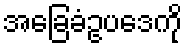
အခြေခံဥပဒေကို